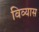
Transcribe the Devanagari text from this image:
विव्यास